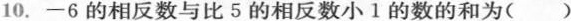
10.-6的相反数与比5的相反数小1的数的和为()